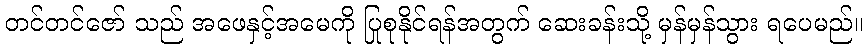
တင်တင်ဇော် သည် အဖေနှင့်အမေကို ပြုစုနိုင်ရန်အတွက် ဆေးခန်းသို့ မှန်မှန်သွား ရပေမည်။